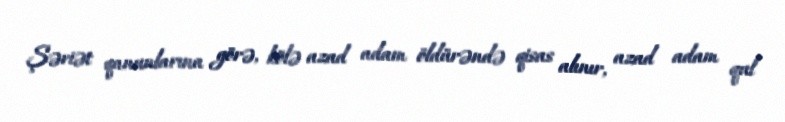
Şəriət qanunlarına görə, kölə azad adam öldürəndə qisas alınır, azad adam qul